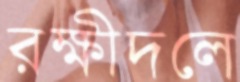
রক্ষীদলে